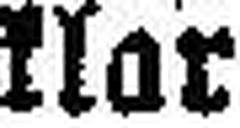
klar